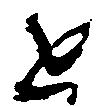
近